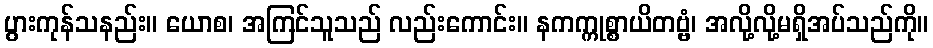
ပွားကုန်သနည်း။ ယောစ၊ အကြင်သူသည် လည်းကောင်း။ နကက္ကုစ္စာယိတဗ္ဗံ၊ အလို့လို့မရှိအပ်သည်ကို။